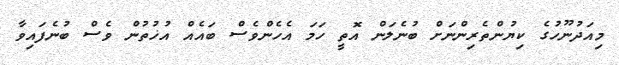
މިއަދުނޫހުގެ ކިޔުންތެރިންނަށް ބުނެލަން އޮތީ ހަމަ އެހެންވެސް ބައެއް އުޚުތުން ވެސް ބުނެފައިވާ